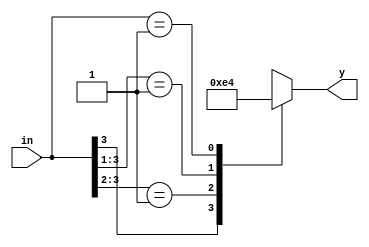
module Priority_encoder (
	input wire [3:0] in,
	output reg [1:0] y
);

always @(in)
begin
	casex(in)
		4'b1xxx: y= 2'b11;
		4'b01xx: y= 2'b10;
		4'b001x: y= 2'b01;
		4'b0001: y= 2'b00;
		4'b0000: y= 2'bxx;
	endcase
end
endmodule